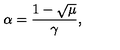
\alpha = \frac { 1 - \sqrt { \mu } } { \gamma } ,